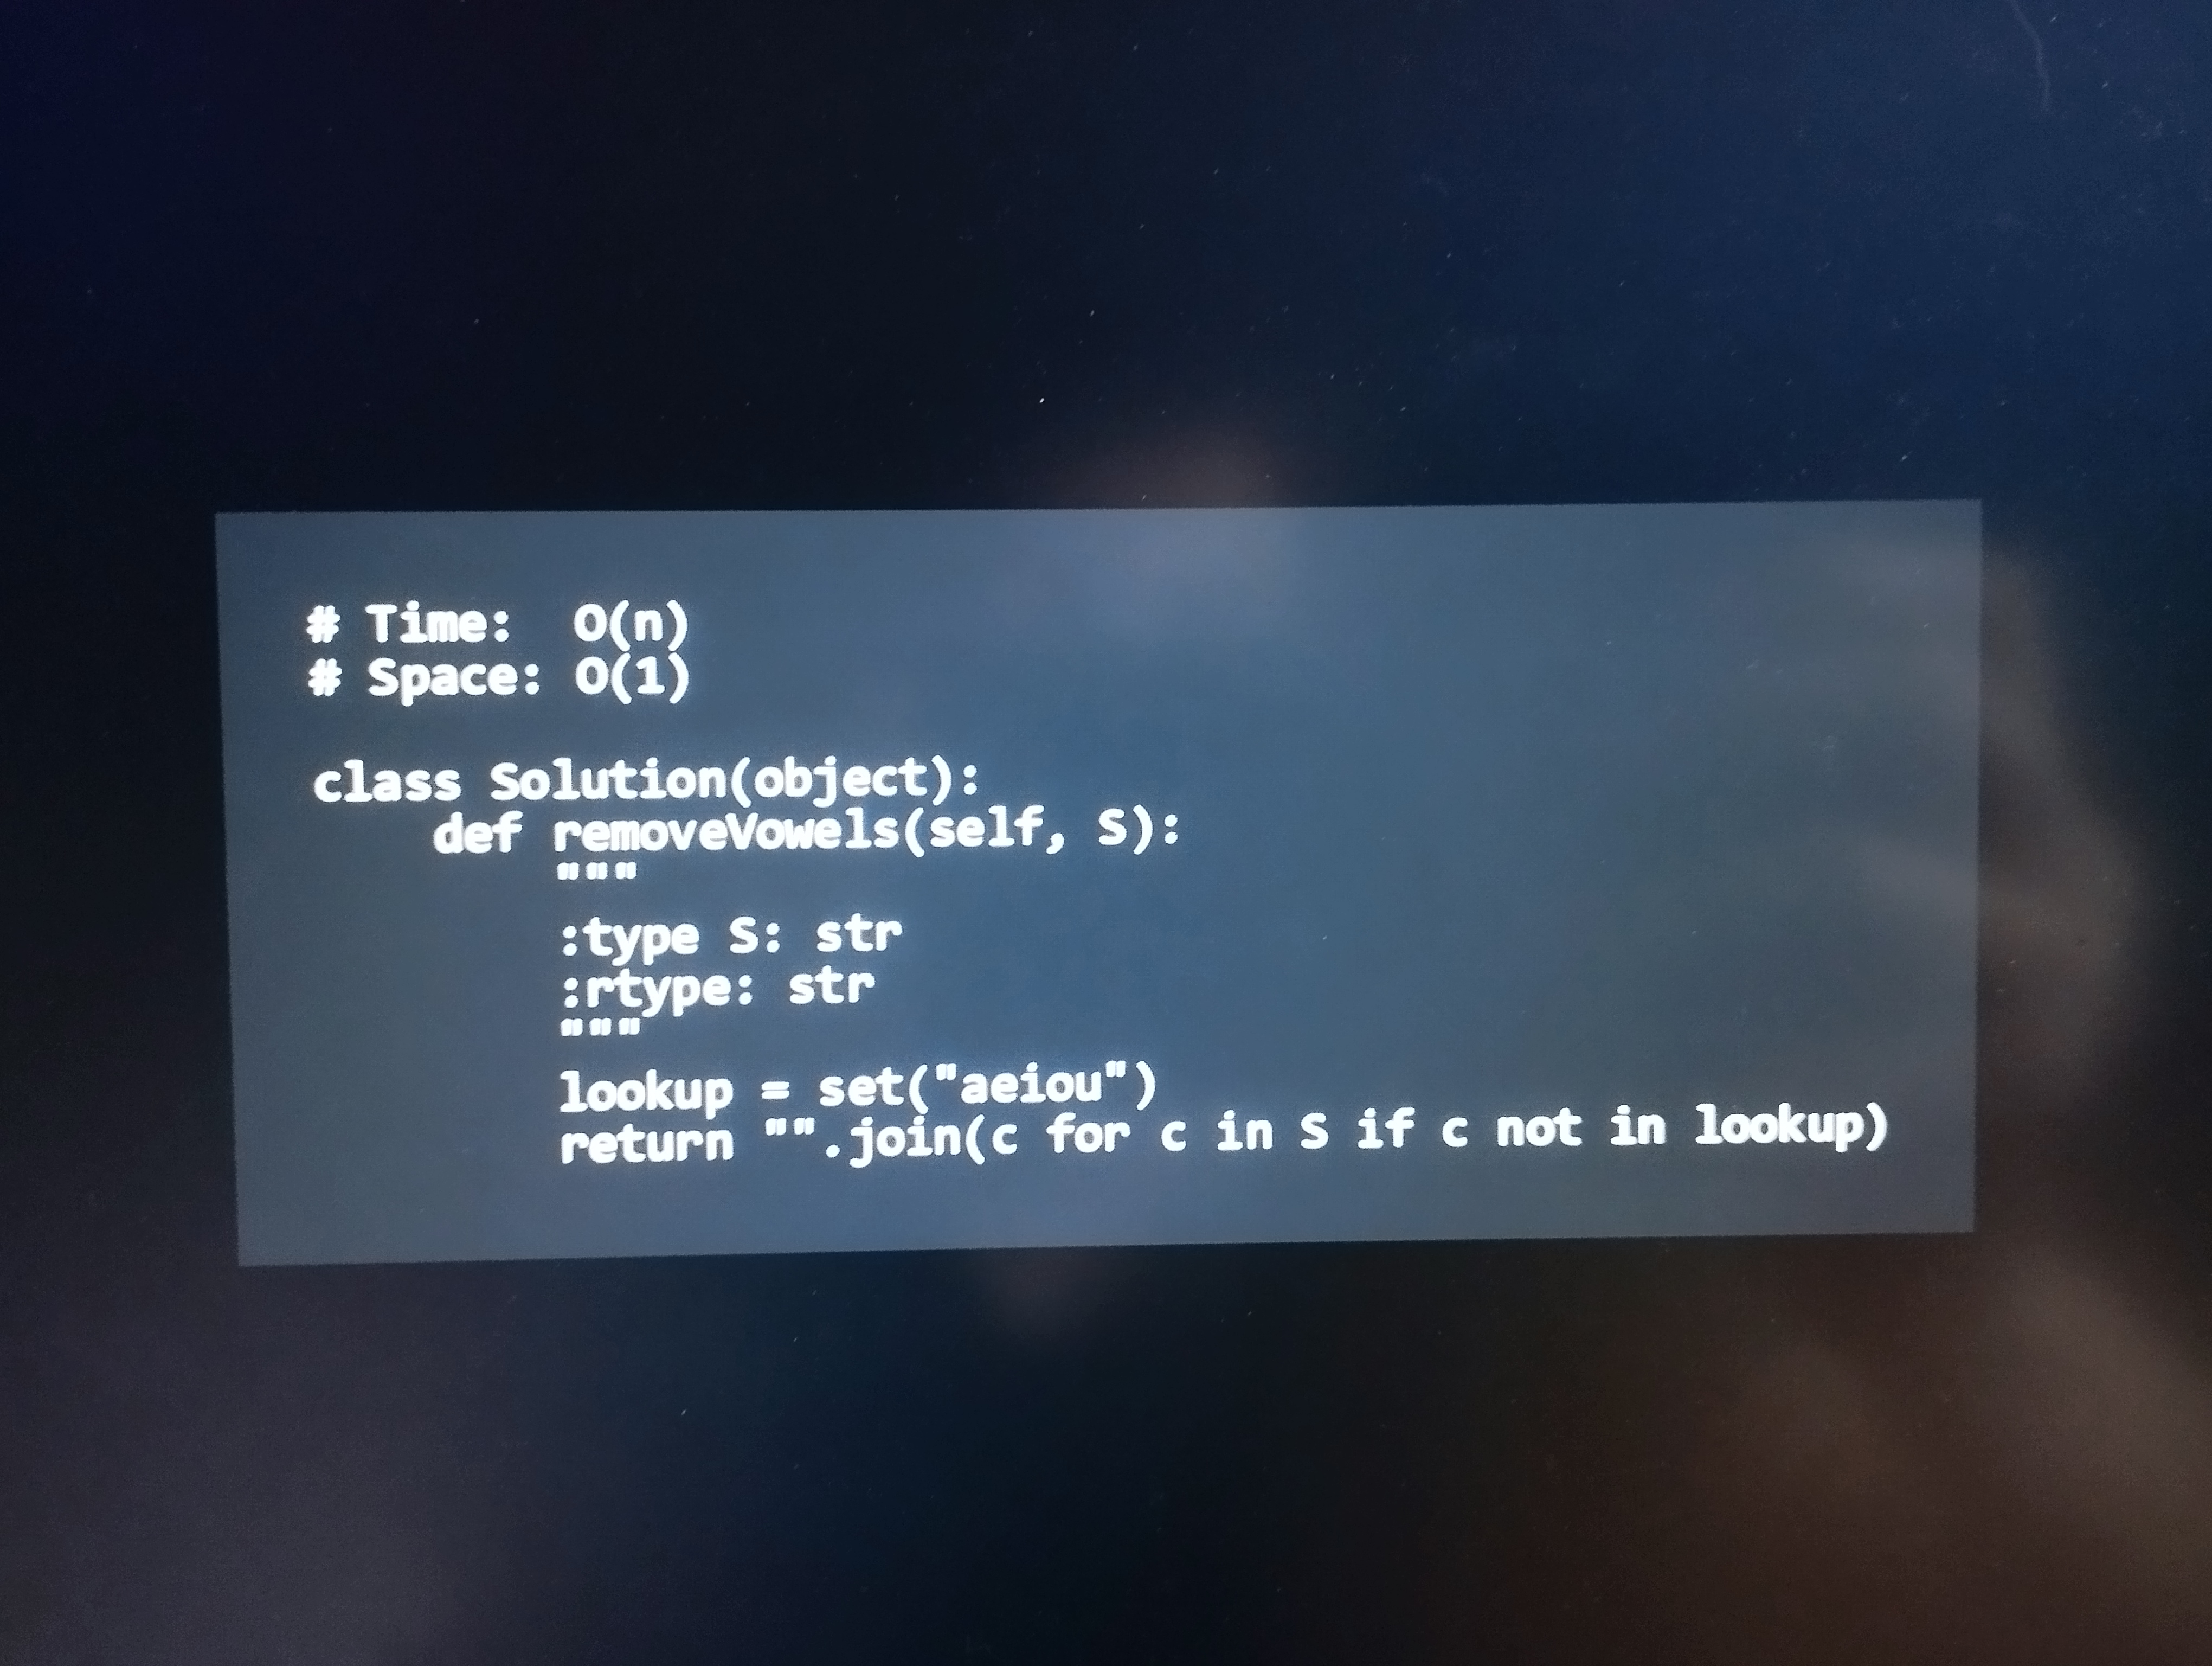
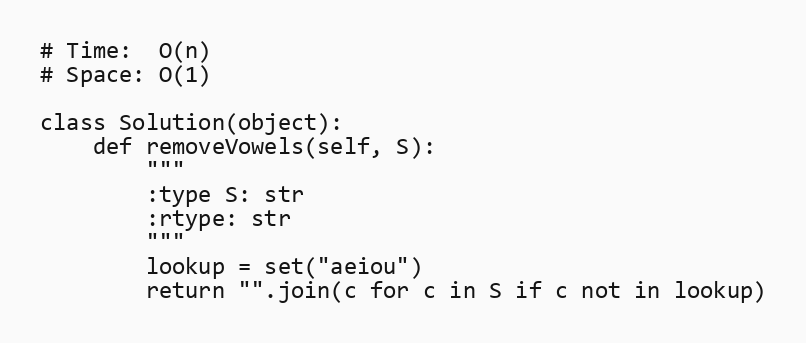
# Time:  O(n)
# Space: O(1)

class Solution(object):
    def removeVowels(self, S):
        """
        :type S: str
        :rtype: str
        """
        lookup = set("aeiou")
        return "".join(c for c in S if c not in lookup)